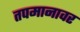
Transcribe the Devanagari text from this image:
तपमानावर